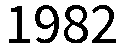
1982